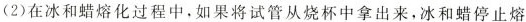
(2)在冰和蜡熔化过程中，如果将试管从烧杯中拿出来，冰和蜡停止熔